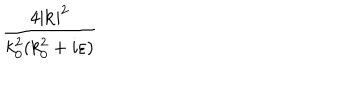
LaTeX: \frac { 4 | \mathbf { k } | ^ { 2 } } { k _ { 0 } ^ { 2 } ( k _ { 0 } ^ { 2 } + i \varepsilon ) }